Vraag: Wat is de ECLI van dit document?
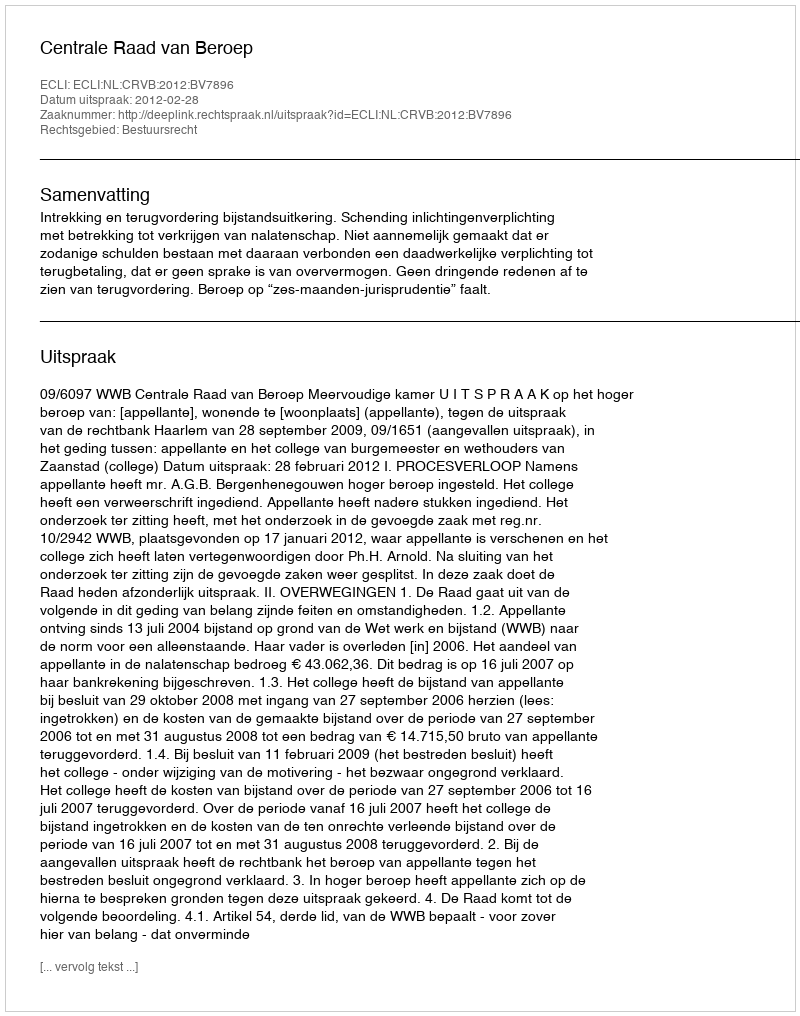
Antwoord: ECLI:NL:CRVB:2012:BV7896